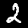
Label: 2